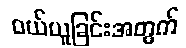
ဝယ်ယူခြင်းအတွက်